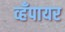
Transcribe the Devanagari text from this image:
व्हँपायर